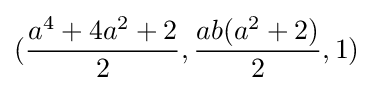
({\frac {a^{4}+4a^{2}+2}{2}},{\frac {ab(a^{2}+2)}{2}},1)